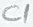
Text: C1